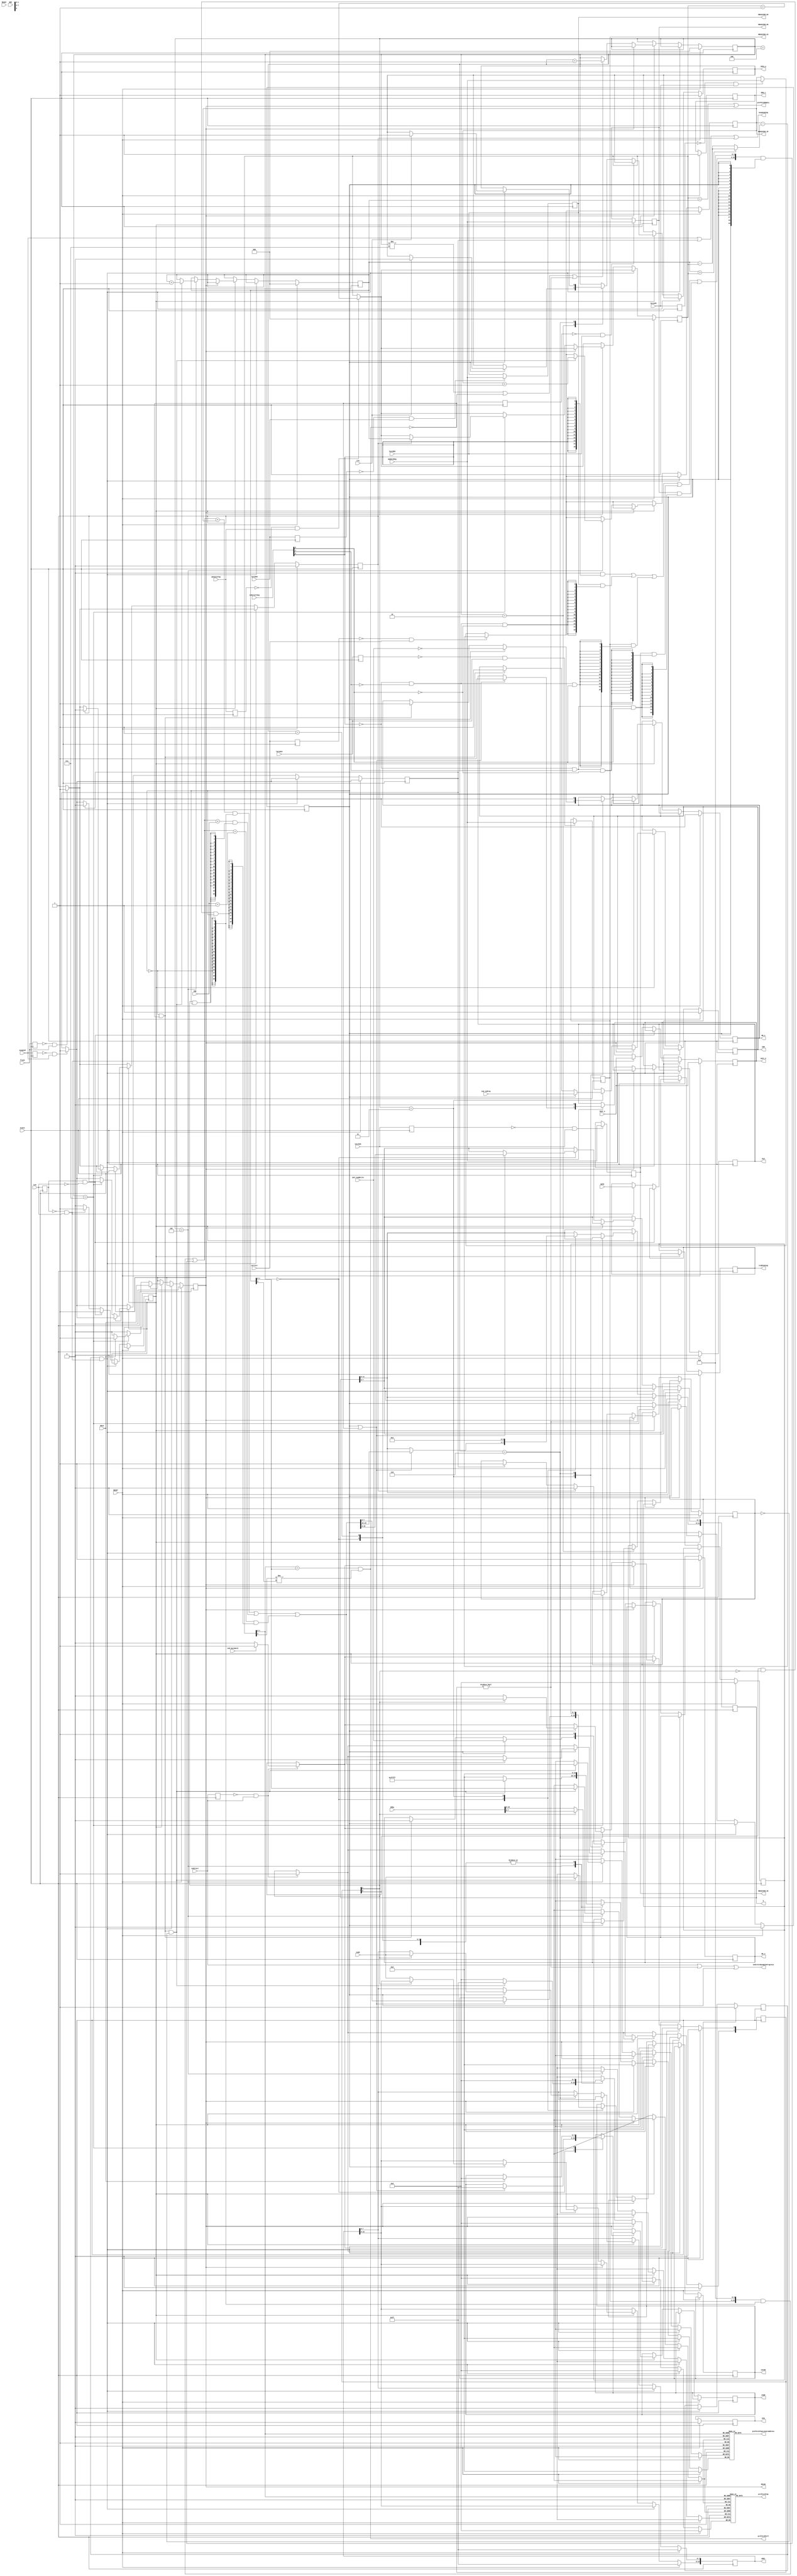

module bus_interface
  (
    input               CLKx4,

    input               CLK,
    input               RESET,

    input               READY,
    input               INTR,
    input               NMI,
    input               HOLD,
    input               TEST_n,

    input   [7:0]       inAD,

    output reg [7:0]    outAD,
    output reg [7:0]    enAD,
    
    output reg [19:8]   A,

    output reg          ALE,
    output reg          INTA_n,
    output reg          RD_n,
    output reg          WR_n,
    output reg          IOM,
    output reg          DTR,
    output reg          DEN_n,
    output reg          HOLDA,


    input       [15:0]   IND, //offset for read/write
    input       [2:0]    indirectSeg,
    output reg  [15:0]   OPRr, //word read from bus
    input       [15:0]   OPRw, //word written to bus
    output reg  [15:0]   REGISTER_IP /*verilator public*/,
    output reg  [15:0]   REGISTER_CS /* verilator public */,
    output reg  [15:0]   REGISTER_DS /* verilator public */,
    output reg  [15:0]   REGISTER_SS /* verilator public */,
    output reg  [15:0]   REGISTER_ES /* verilator public */,
    input       [15:0]   UpdateReg,


    input advanceTop,   // strobes
    input flush,
    input suspend,
    input correct,
    input indirect,
    input irq,
    input latchPC,
    input latchCS,
    input latchDS,
    input latchSS,
    input latchES,

    input ind_ioMreq,       // indirect io/data request  (io assumes 0000 as SEG)
    input ind_readWrite,    // indirect bus read/write request
    input ind_byteWord,     // indirect bus byte/word request

    output [7:0] prefetchTop,
    output [19:0] prefetchTopLinearAddress /* verilator public */,
    output prefetchEmpty /* verilator public */, 
    output prefetchFull /*verilator public */,
    output indirectBusOpInProgress /* verilator public */,
    output reg irqPending /* verilator public */,
    output reg wait_n /* verilator public */,
    output suspending   /* verilator public */
  );

reg [2:0] clockstate /*verilator public*/;       // TODO allow half/quarter states

wire [19:0] addressSeg;
wire [19:0] address;
wire [15:0] indSeg;
wire indSegES,indSegCS,indSegSS,indSegDS,indSegZero;

reg [7:0]  data;

//wire fallingEdgeClk;

reg [7:0] prefetchQueue [3:0];
reg [19:0] prefetchQueueLinearAddress [3:0];

reg [2:0] prefetchReadAddr /* verilator public */, prefetchWriteAddr /* verilator public */;

reg waitForPosTransition;

reg clkEdgeSample;
reg readTopStrobe;
reg flushStrobe;
reg suspendStrobe;
reg correctStrobe;
reg indirectStrobe;
reg latchPCStrobe;
reg latchCSStrobe;
reg latchDSStrobe;
reg latchSSStrobe;
reg latchESStrobe;

reg tick;
reg holdPrefetch,requestFlush,requestPrefetchHold;

reg [1:0] indirectBytes;        // 00 nothing 10 lowbyte 11 lowbyte and highbyte 01 highbyte
reg indirectBusCycle /* verilator public */;

///reg [15:0]

assign prefetchEmpty = (prefetchReadAddr==prefetchWriteAddr) | HOLDA;
assign prefetchFull = (prefetchReadAddr[1:0]==prefetchWriteAddr[1:0]) && (prefetchReadAddr[2]!=prefetchWriteAddr[2]);

assign prefetchTop = prefetchQueue[prefetchReadAddr[1:0]];
assign prefetchTopLinearAddress = prefetchQueueLinearAddress[prefetchReadAddr[1:0]];

assign indSegES=(~indirectSeg[2]) & (~indirectSeg[1]) & (~indirectSeg[0]);
assign indSegCS=(~indirectSeg[2]) & (~indirectSeg[1]) & ( indirectSeg[0]);
assign indSegSS=(~indirectSeg[2]) & ( indirectSeg[1]) & (~indirectSeg[0]);
assign indSegDS=(~indirectSeg[2]) & ( indirectSeg[1]) & ( indirectSeg[0]);
assign indSegZero=indirectSeg[2];

assign indSeg= ((16'h0000) & {16{indSegZero}}) |
               ((REGISTER_ES) & {16{indSegES}}) |
               ((REGISTER_CS) & {16{indSegCS}}) |
               ((REGISTER_SS) & {16{indSegSS}}) |
               ((REGISTER_DS) & {16{indSegDS}});

assign addressSeg= (({4'b0000,REGISTER_CS}<<4) & {20{~indirectBusCycle}}) |
                   (({4'b0000,indSeg}<<4) & {20{indirectBusCycle}})
                   ;

assign address=
                ((addressSeg+{4'h0,REGISTER_IP}) & {20{~indirectBusCycle}}) |
                ((addressSeg+({4'h0,IND})) & {20{indirectBytes[1] & indirectBusCycle }}) |
                ((addressSeg+({4'h0,IND+16'h0001})) & {20{indirectBytes[0] & (~indirectBytes[1]) & indirectBusCycle}})
                ;
assign indirectBusOpInProgress=indirect | (indirectBytes!=0) | indirectBusCycle;

assign suspending = suspend | requestPrefetchHold | requestFlush;

wire [2:0] qSize /* verilator public */;
assign qSize = prefetchWriteAddr>prefetchReadAddr ? (prefetchWriteAddr - prefetchReadAddr) : ({1'b1,prefetchWriteAddr} - prefetchReadAddr);

always @(posedge CLKx4)
begin
    clkEdgeSample <=CLK;
    readTopStrobe <= advanceTop;
    flushStrobe <= flush;
    suspendStrobe <= suspend;
    correctStrobe <= correct;
    indirectStrobe <= indirect;
    latchPCStrobe <= latchPC;
    latchCSStrobe <= latchCS;
    latchDSStrobe <= latchDS;
    latchSSStrobe <= latchSS;
    latchESStrobe <= latchES;

    if (indirectStrobe==0 && indirect==1)
        indirectBytes<=(ind_byteWord==0) ? 2'b10 : 2'b11;

    if (readTopStrobe==0 && advanceTop==1)
        prefetchReadAddr<=prefetchReadAddr+1;

    if (latchPCStrobe==0 && latchPC==1)
        REGISTER_IP<=UpdateReg;
    if (latchESStrobe==0 && latchES==1)
        REGISTER_ES<=UpdateReg;
    if (latchCSStrobe==0 && latchCS==1)
        REGISTER_CS<=UpdateReg;
    if (latchSSStrobe==0 && latchSS==1)
        REGISTER_SS<=UpdateReg;
    if (latchDSStrobe==0 && latchDS==1)
        REGISTER_DS<=UpdateReg;

    if (suspendStrobe==0 && suspend==1)
        requestPrefetchHold<=1;
    
    if (correctStrobe==0 && correct==1)
    begin
        // Q should be stopped, so adjust PC back by number of bytes in Q
        REGISTER_IP<=REGISTER_IP - {13'h000,qSize};
    end

    // Sync with execstate?
    if (flushStrobe==0 && flush==1)
        requestFlush<=1;

    if (RESET == 1)
    begin
        data<=0;
        prefetchWriteAddr<=3'b000;
        prefetchReadAddr<=3'b000;
        clockstate<=3'b000;
        RD_n<=1;
        WR_n<=1;
        HOLDA<=0;
        IOM<=1;
        ALE<=0;
        waitForPosTransition<=1;
        holdPrefetch<=0;
        requestFlush<=0;
        indirectBytes<=0;
        indirectBusCycle<=0;
        irqPending<=0;
        wait_n<=TEST_n;
        /// TODOs
        INTA_n<=1;
        DTR<=0;
        DEN_n<=1;
        OPRr<=16'hFFFF;
    end
    else if ((waitForPosTransition==1) && (clkEdgeSample==1'b0 && CLK==1'b1))
        waitForPosTransition<=0;
    else
    begin
        if (clkEdgeSample==1'b1 && CLK==1'b0)
            tick<=1;
        else if (clkEdgeSample==1'b0 && CLK==1'b1)
        begin
            tick<=1;
            irqPending<=INTR;
            wait_n <= TEST_n;
        end
        else
            tick<=0;

        if (tick)
        begin   

            if (HOLDA)
                HOLDA<=HOLD;
            else
            begin
                case (clockstate)

                    3'b000 : 
                        begin
                            // T1
                            if (indirectBusCycle | (~prefetchFull))
                            begin
                                ALE<=1;
                                enAD<=8'b11111111;
                                outAD<=address[7:0];
                                A<=address[19:8];
                            end
                        end
                    3'b001:  
                        begin
                            ALE<=0;
                        end
                    3'b010: 
                        begin
                            if (indirectBusCycle)
                            begin
                                if (indirectBytes[1])
                                    data<=OPRw[7:0];
                                else
                                    data<=OPRw[15:8];

                                if (irq)
                                    INTA_n<=0;
                            end
                        end
                    3'b011:  
                        begin
                            if ((~indirectBusCycle) & (~prefetchFull) )
                            begin
                                IOM<=1;     // Memory request
                                RD_n<=0;    // Read
                                WR_n<=1;
                            end
                            if (indirectBusCycle)
                            begin
                                IOM<=ind_ioMreq;
                                RD_n<=ind_readWrite;
                                WR_n<=~ind_readWrite;
                            end
                            outAD<=data;
                            A[19:16]<=4'h2;  // cycle kind  (Code, Status are TODO)
                        end
                    3'b100:  
                        begin
                        end 
                    3'b101:  
                        begin
                    
                            if ((~indirectBusCycle) & (prefetchFull==0) & (holdPrefetch==0))
                            begin
                                prefetchQueue[prefetchWriteAddr[1:0]]<=inAD;
                                prefetchQueueLinearAddress[prefetchWriteAddr[1:0]]<=address;    // just for debugging purposes
                                prefetchWriteAddr<=prefetchWriteAddr+1;
                                REGISTER_IP<=REGISTER_IP+1;
                           end

                        end 
                    3'b110:  
                        begin
                        
                            if (indirectBusCycle)
                            begin
                                if (indirectBytes[1])
                                begin
                                    OPRr[7:0]<=inAD;
                                    indirectBytes[1]<=0;
                                end
                                else
                                begin
                                    OPRr[15:8]<=inAD;
                                    indirectBytes[0]<=0;
                                end
                                if (irq)
                                    INTA_n<=1;
                            end
                            RD_n<=1;
                            WR_n<=1;

                        end
                    3'b111:  
                        begin
                        
                            // rdy next bus cycle
                            indirectBusCycle<=(indirectBytes!=0);

                            if (requestPrefetchHold)
                            begin
                                holdPrefetch<=1;
                                requestPrefetchHold<=0;
                            end
                            
                            if (requestFlush)
                            begin
                                holdPrefetch<=0;
                                prefetchReadAddr<=prefetchWriteAddr;
                                requestFlush<=0;
                            end

                            if (HOLD==1)
                            begin
                                HOLDA<=1;
                                enAD<=8'b00000000;
                            end
                        end
                endcase

                if ((clockstate!=3'b111) | (~prefetchFull) | (indirectBytes!=0))    // Hold Internal Clock State at last state when no work to do
                    clockstate <= clockstate+1;
            end
        end
    end
end

endmodule